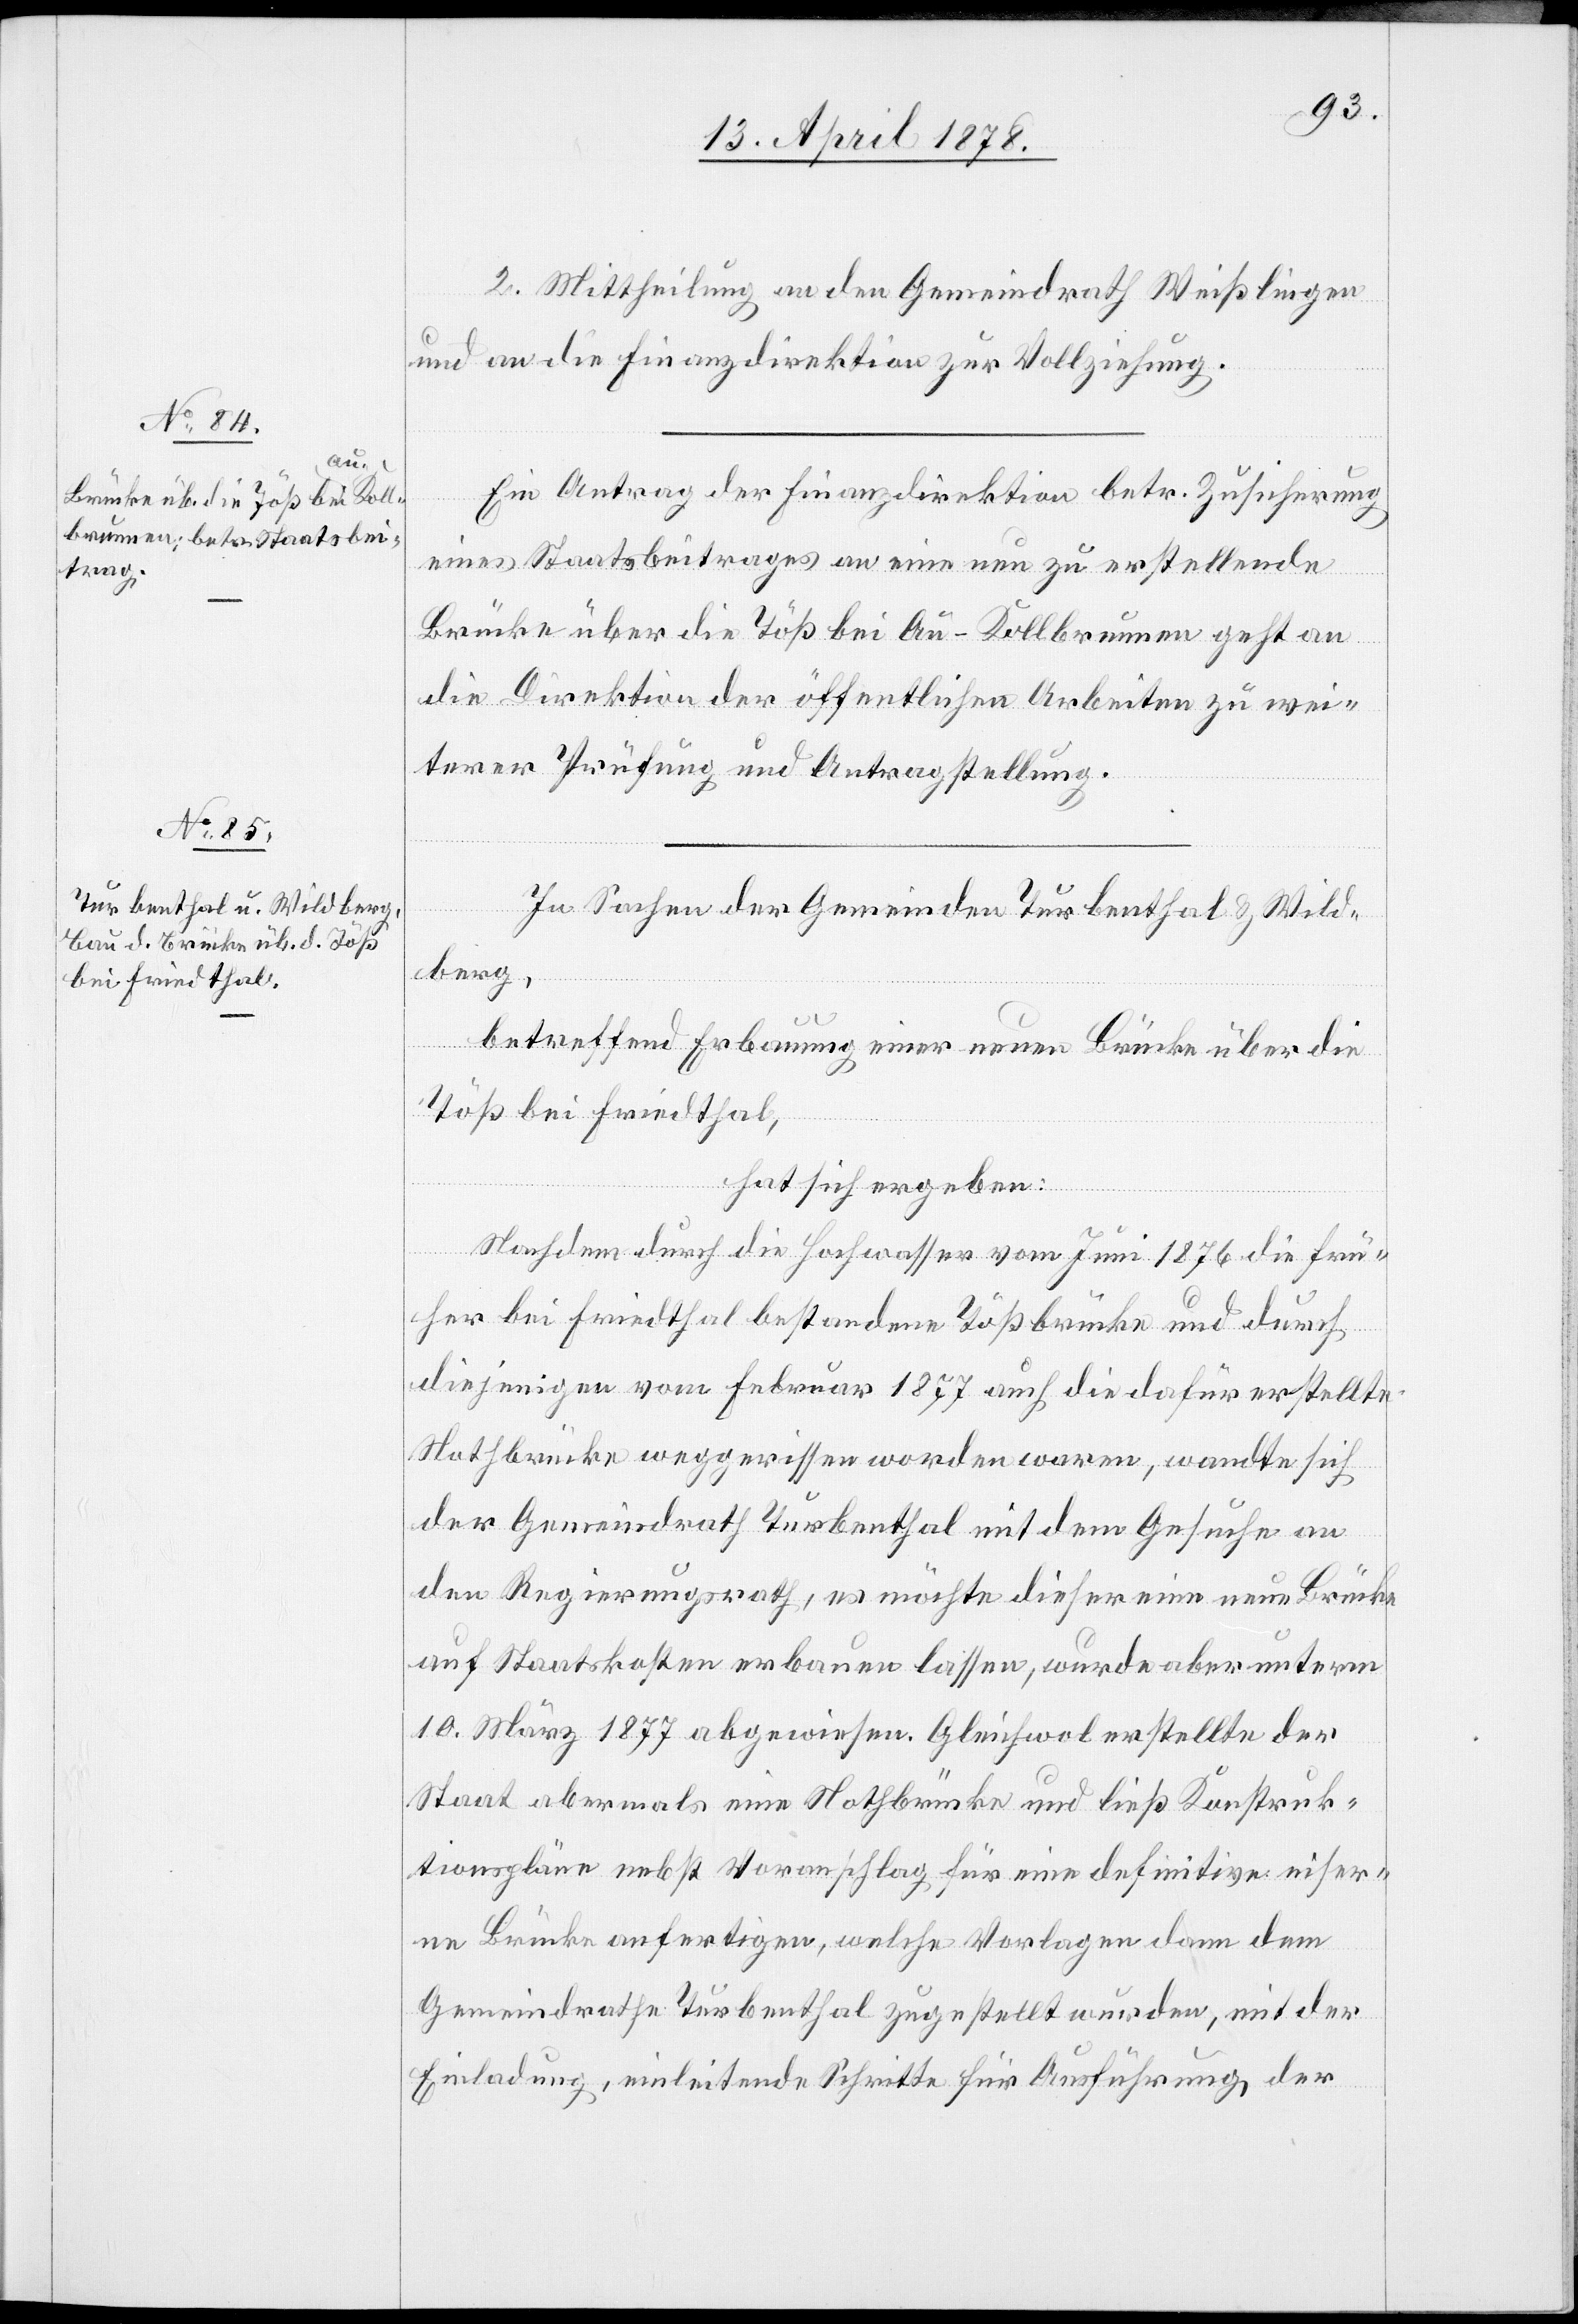
2. Mittheilung an den Gemeindrath Weißlingen
und an die Finanzdirektion zur Vollziehung.
Ein Antrag der Finanzdirektion betr. Zusicherung
eines Staatsbeitrages an eine neu zu erstellende
Brücke über die Töß bei Au - Kollbrunnen geht an
die Direktion der öffentlichen Arbeiten zu wei¬
terer Prüfung und Antragstellung.
In Sachen der Gemeinden Turbenthal & Wild¬
berg,
betreffend Erbauung einer neuen Brücke über die
Töß bei Friedthal,
hat sich ergeben:
Nachdem durch die Hochwasser vom Juni 1876 die frü¬
her bei Friedthal bestandene Tößbrücke und durch
diejenigen vom Februar 1877 auch die dafür erstellte
Nothbrücke weggerissen worden waren, wandte sich
der Gemeindrath Turbenthal mit dem Gesuch an
den Regierungsrath, es möchte dieser eine neue Brücke
auf Staatskosten erbauen lassen, wurde aber unterm
10. März 1877 abgewiesen. Gleichwol erstellte der
Staat abermals eine Nothbrücke und ließ Konstruk¬
tionspläne nebst Voranschlag für eine definitive eiser¬
ne Brücke anfertigen, welche Vorlagen dann dem
Gemeindrath Turbenthal zugestellt wurden, mit der
Einladung, einleitende Schritte für Ausführung der